Annual administration report of the Civil Veterinary Department of India - 1897-1898
Year: 1897
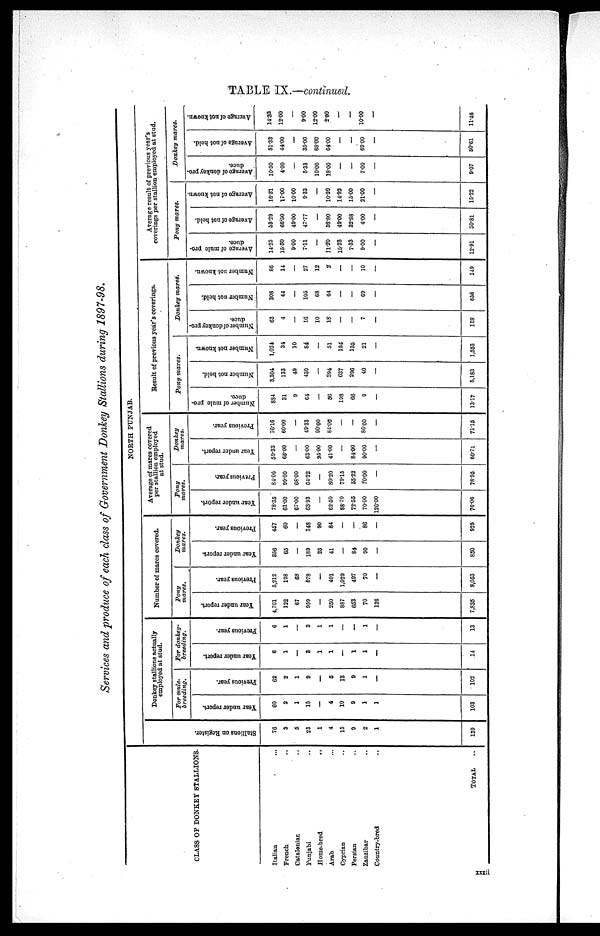
TABLE IX.—continued.
Services and produce of each class of Government Donkey Stallions during 1897—98.
CLASS OF DONKEY STALLIONS.
Italian ...
French
..
Catatonias ..
Punjabi ..
Home—bred
..
Arab ..
Cyprian ..
Persian ..
Zanzibar ..
Country—bred ..
TOTAL
NORTH PUNJAB.
Stallions on Regi s t
er .
76
3
5
23
1
4
15
9
2
1
139
Donkey stallions actually
employed at stud.
For mule—
breeding.
Year under report.
60
2
1
15
—
4
10
9
1
1
103
Previous year.
62
2
1
9
—
5
13
9
1
—
102
For donkey—
breeding.
Year
under report.
6
1
—
3
1
1
—
1
1
—
14
Previous year.
6
1
—
3
1
1
—
—
1
—
13
Number of mares covered.
Pony
mares.
Year under report.
4,701
122
67
959
—
250
887
653
70
126
7,835
Previous year.
5,212
198
68
578
—
401
1,029
497
70
—
8,053
Donkey
mares.
Year
under report.
356
65
—
189
25
41
—
84
90
—
850
Previous year.
457
60
—
148
90
84
—
—
86
—
925
Average of mares covered
per stallion employed
at stud.
Pony
mayes.
Year under report.
78.35
61.00
67.00
6393
—
62.50
88.70
72.55
70.00
126.00
76.06
Previous year.
84.06
99.00
68.00
64.22
—
80.20
79.15
55.22
70.00
—
78.95
Donkey
mares.
Year under report.
59.33
65.00
—
63.00
25.00
41.00
—
84.00
90.00
—
60.71
Provious year.
76.16
60.00
—
49.33
90.00
84.00
—
—
86.00
—
71.15
Result of previous year s coverings.
Pony
mares.
Number of mule pro-
duce.
884
31
9
64
—
56
198
66
9
—
13.17
Number not held.
3,304
133
49
430
—
294
637
296
40
—
5,183
Number not known.
1,024
34
10
84
—
51
194
135
21
—
1,553
Donkey
mares.
Number of donkey pro-
duce.
63
4
—
16
10
18
—
—
7
—
118
Number not held.
308
44
—
105
68
64
—
—
69
—
858
Number not known.
86
14
—
27
12
2
—
—
10
—
149
Average result of previous year's
coverings per stallion employed at stud.
Pony
mares.
Average of mule pro-
duce.
14.25
15.50
9.00
7.11
—
11.20
15.23
7.33
9.00
—
12.91
Average of not held.
53.29
66.50
49.00
47.77
—
58.80
49.00
32.88
4.00
—
50.81
Average of not known.
16.51
17.00
10.00
9.33
—
10.20
14.93
15.00
21.00
—
15.22
Donkey
mares.
Average of donkey pro-
duce.
10.50
4.00
—
5.33
10.00
18.00
—
—
7.00
—
9.07
Average of not held.
51.33
44.00
—
35.00
68.00
64.00
—
—
69.00
—
50.61
Average of not known.
14.33
12.00
—
9.00
12.00
2.60
—
—
10.00
—
11.46
xxxii